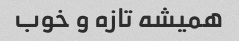
همیشه تازه و خوب